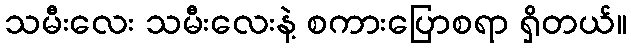
သမီးလေး သမီးလေးနဲ့ စကားပြောစရာ ရှိတယ်။